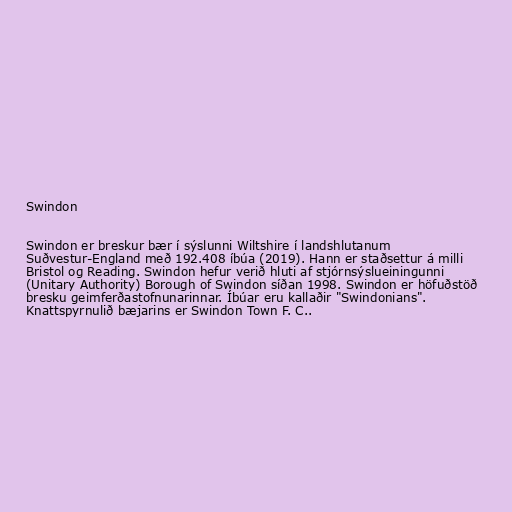
Swindon

Swindon er breskur bær í sýslunni Wiltshire í landshlutanum
Suðvestur-England með 192.408 íbúa (2019). Hann er staðsettur á milli
Bristol og Reading. Swindon hefur verið hluti af stjórnsýslueiningunni
(Unitary Authority) Borough of Swindon síðan 1998. Swindon er höfuðstöð
bresku geimferðastofnunarinnar. Íbúar eru kallaðir "Swindonians".
Knattspyrnulið bæjarins er Swindon Town F. C..